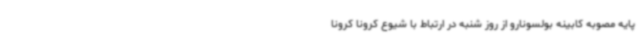
پایه مصوبه کابینه بولسونارو از روز شنبه در ارتباط با شیوع کرونا کرونا